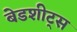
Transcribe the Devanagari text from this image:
बेडशीट्स